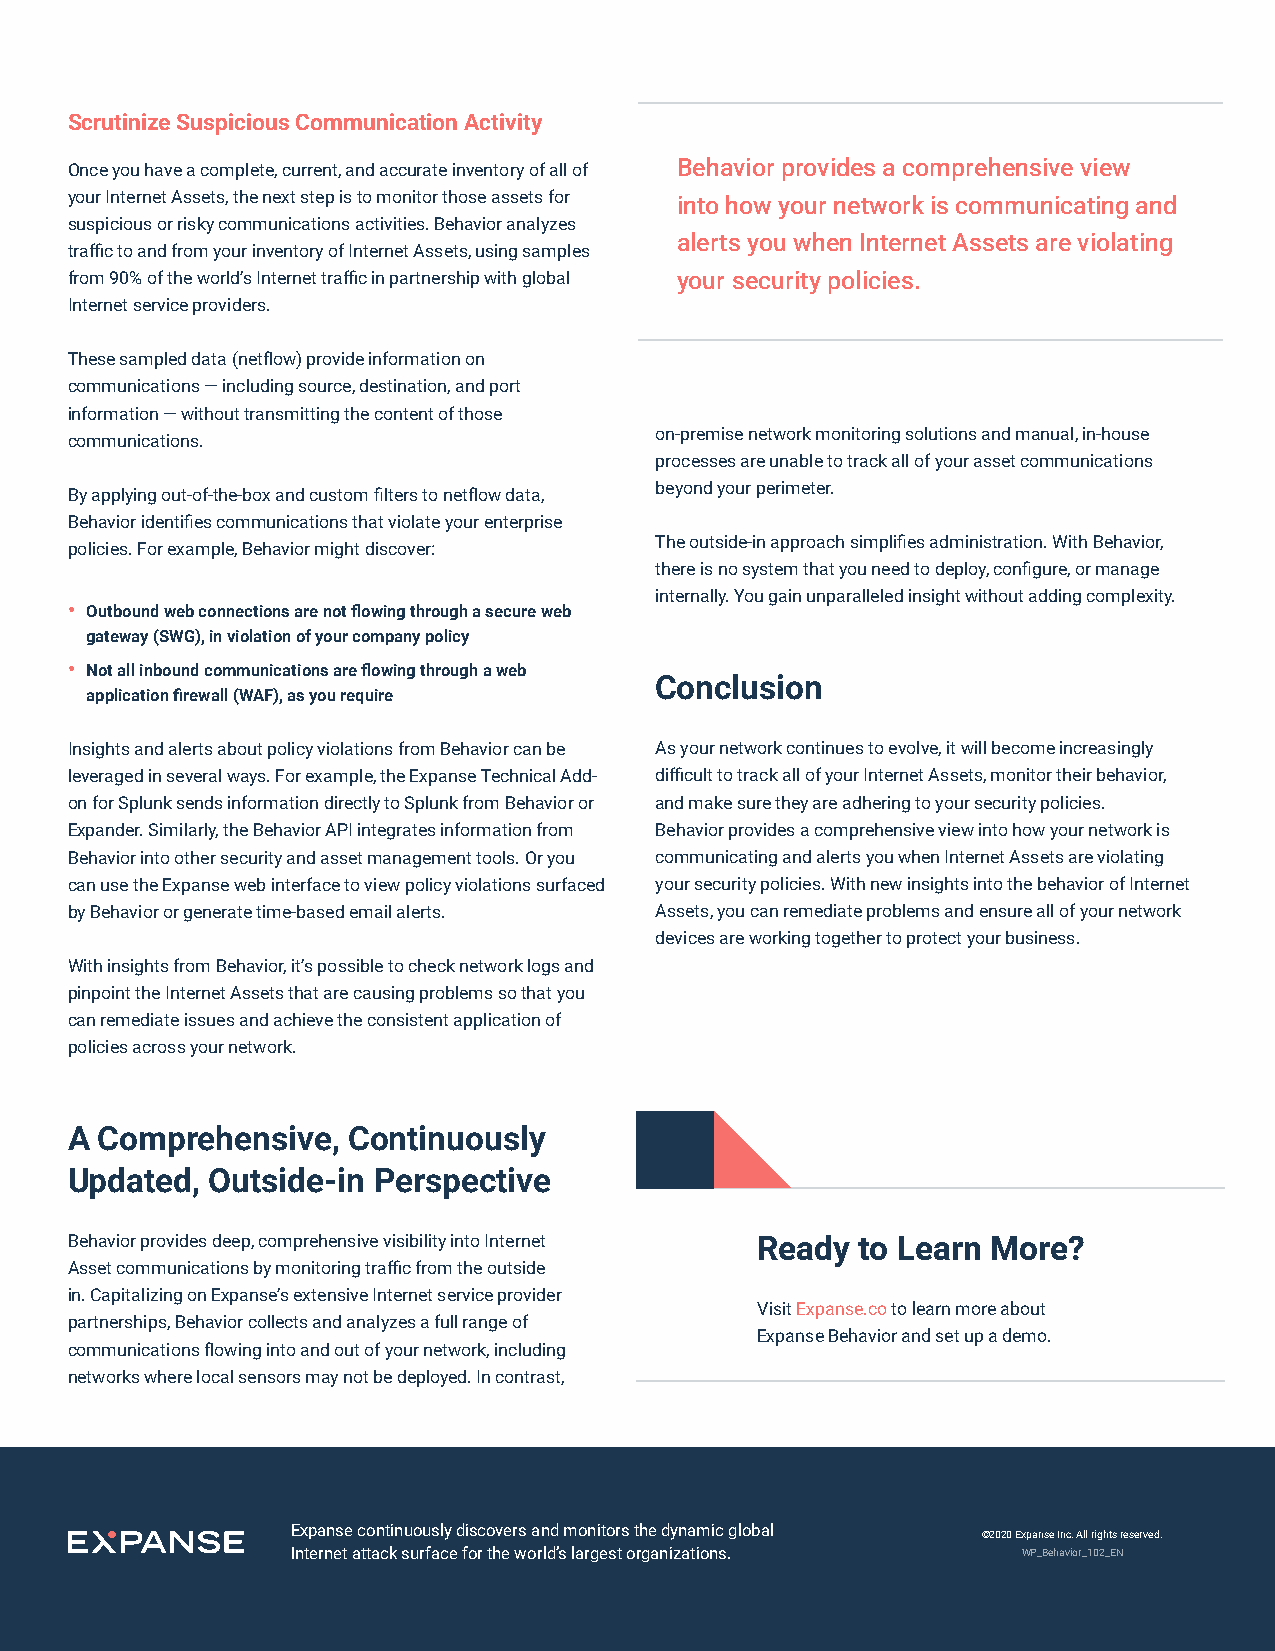
Scrutinize Suspicious Communication Activity
 Once you have a complete, current, and accurate inventory of all of Behavior provides a comprehensive view
 your Internet Assets, the next step is to monitor those assets for into how your network is communicating and
 suspicious or risky communications activities. Behavior analyzes
 alerts you when Internet Assets are violating
 traffic to and from your inventory of Internet Assets, using samples
 from 90% of the world’s Internet traffic in partnership with global your security policies.
 Internet service providers.
 These sampled data (netflow) provide information on
 communications — including source, destination, and port
 information — without transmitting the content of those
 on-premise network monitoring solutions and manual, in-house
 communications.
 processes are unable to track all of your asset communications
 beyond your perimeter.
 By applying out-of-the-box and custom filters to netflow data,
 Behavior identifies communications that violate your enterprise
 The outside-in approach simplifies administration. With Behavior,
 policies. For example, Behavior might discover:
 there is no system that you need to deploy, configure, or manage
 internally. You gain unparalleled insight without adding complexity.
 • Outbound web connections are not flowing through a secure web
 gateway (SWG), in violation of your company policy
 • Not all inbound communications are flowing through a web
 Conclusion
 application firewall (WAF), as you require
 Insights and alerts about policy violations from Behavior can be As your network continues to evolve, it will become increasingly
 leveraged in several ways. For example, the Expanse Technical Add- difficult to track all of your Internet Assets, monitor their behavior,
 on for Splunk sends information directly to Splunk from Behavior or and make sure they are adhering to your security policies.
 Expander. Similarly, the Behavior API integrates information from Behavior provides a comprehensive view into how your network is
 Behavior into other security and asset management tools. Or you communicating and alerts you when Internet Assets are violating
 can use the Expanse web interface to view policy violations surfaced your security policies. With new insights into the behavior of Internet
 by Behavior or generate time-based email alerts. Assets, you can remediate problems and ensure all of your network
 devices are working together to protect your business.
 With insights from Behavior, it’s possible to check network logs and
 pinpoint the Internet Assets that are causing problems so that you
 can remediate issues and achieve the consistent application of
 policies across your network.
 A  Comprehensive,  Continuously
 Updated,  Outside-in Perspective
 Behavior provides deep, comprehensive visibility into Internet Ready to Learn More?
 Asset communications by monitoring traffic from the outside
 in. Capitalizing on Expanse’s extensive Internet service provider
 Visit Expanse.co to learn more about
 partnerships, Behavior collects and analyzes a full range of
 Expanse Behavior and set up a demo.
 communications flowing into and out of your network, including
 networks where local sensors may not be deployed. In contrast,
 Expanse continuously discovers and monitors the dynamic global
 ©2020 Expanse Inc. All rights reserved.
 Internet attack surface for the world’s largest organizations. WP_Behavior_102_EN
 expanse.co                                                                  3